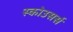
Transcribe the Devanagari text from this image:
स्कोउसर्स